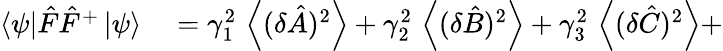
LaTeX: \begin{array}{rl}{\left\langle\psi\right|{\hat{F}}{\hat{F}}^{+}\left|\psi\right\rangle}&{{}=\gamma_{1}^{2}\, \left\langle(\delta{\hat{A}})^{2}\right\rangle+\gamma_{2}^{2}\, \left\langle(\delta{\hat{B}})^{2}\right\rangle+\gamma_{3}^{2}\, \left\langle(\delta{\hat{C}})^{2}\right\rangle+}\end{array}